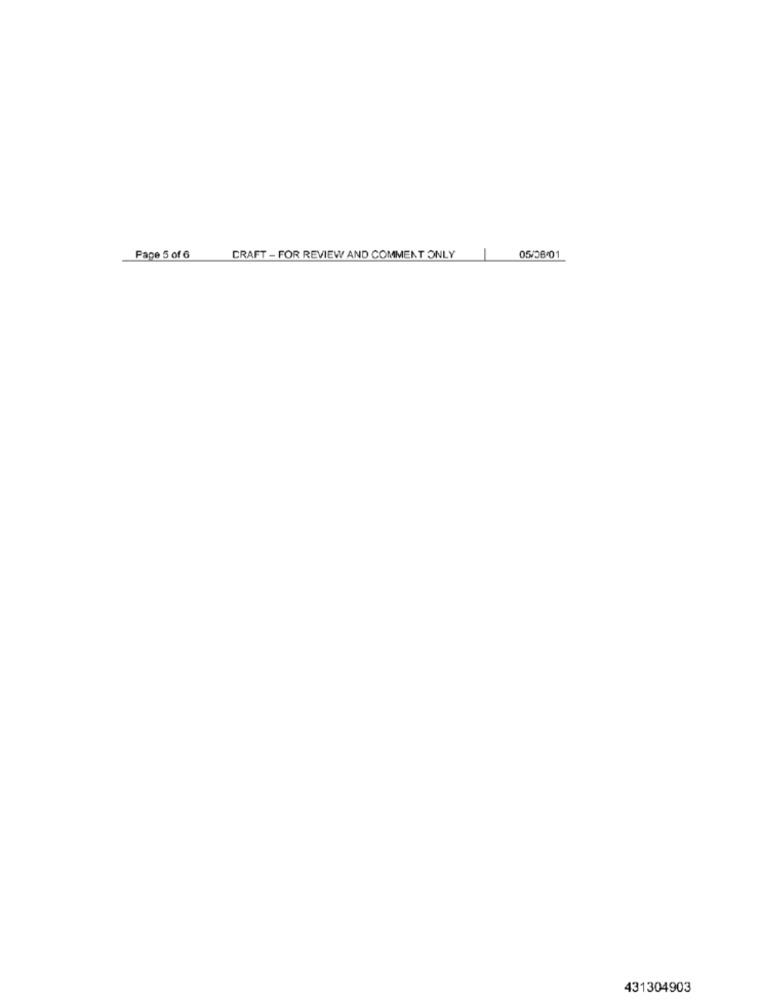
Pape 5 of 6
CRAFT - FOR REVIEW AND COMMENT ONLY
05/06/01
431304903